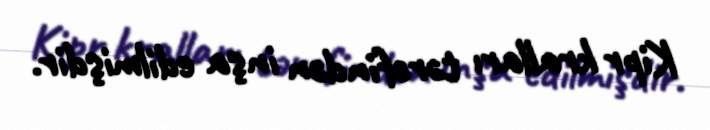
Kipr kralları tərəfindən inşa edilmişdir.